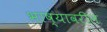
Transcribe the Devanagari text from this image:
भाष्यावरील